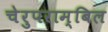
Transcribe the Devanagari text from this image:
चेरुपराम्बिल